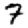
Digit: 7